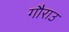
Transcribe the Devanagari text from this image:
गौराउ